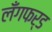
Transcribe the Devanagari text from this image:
लँगफर्ड